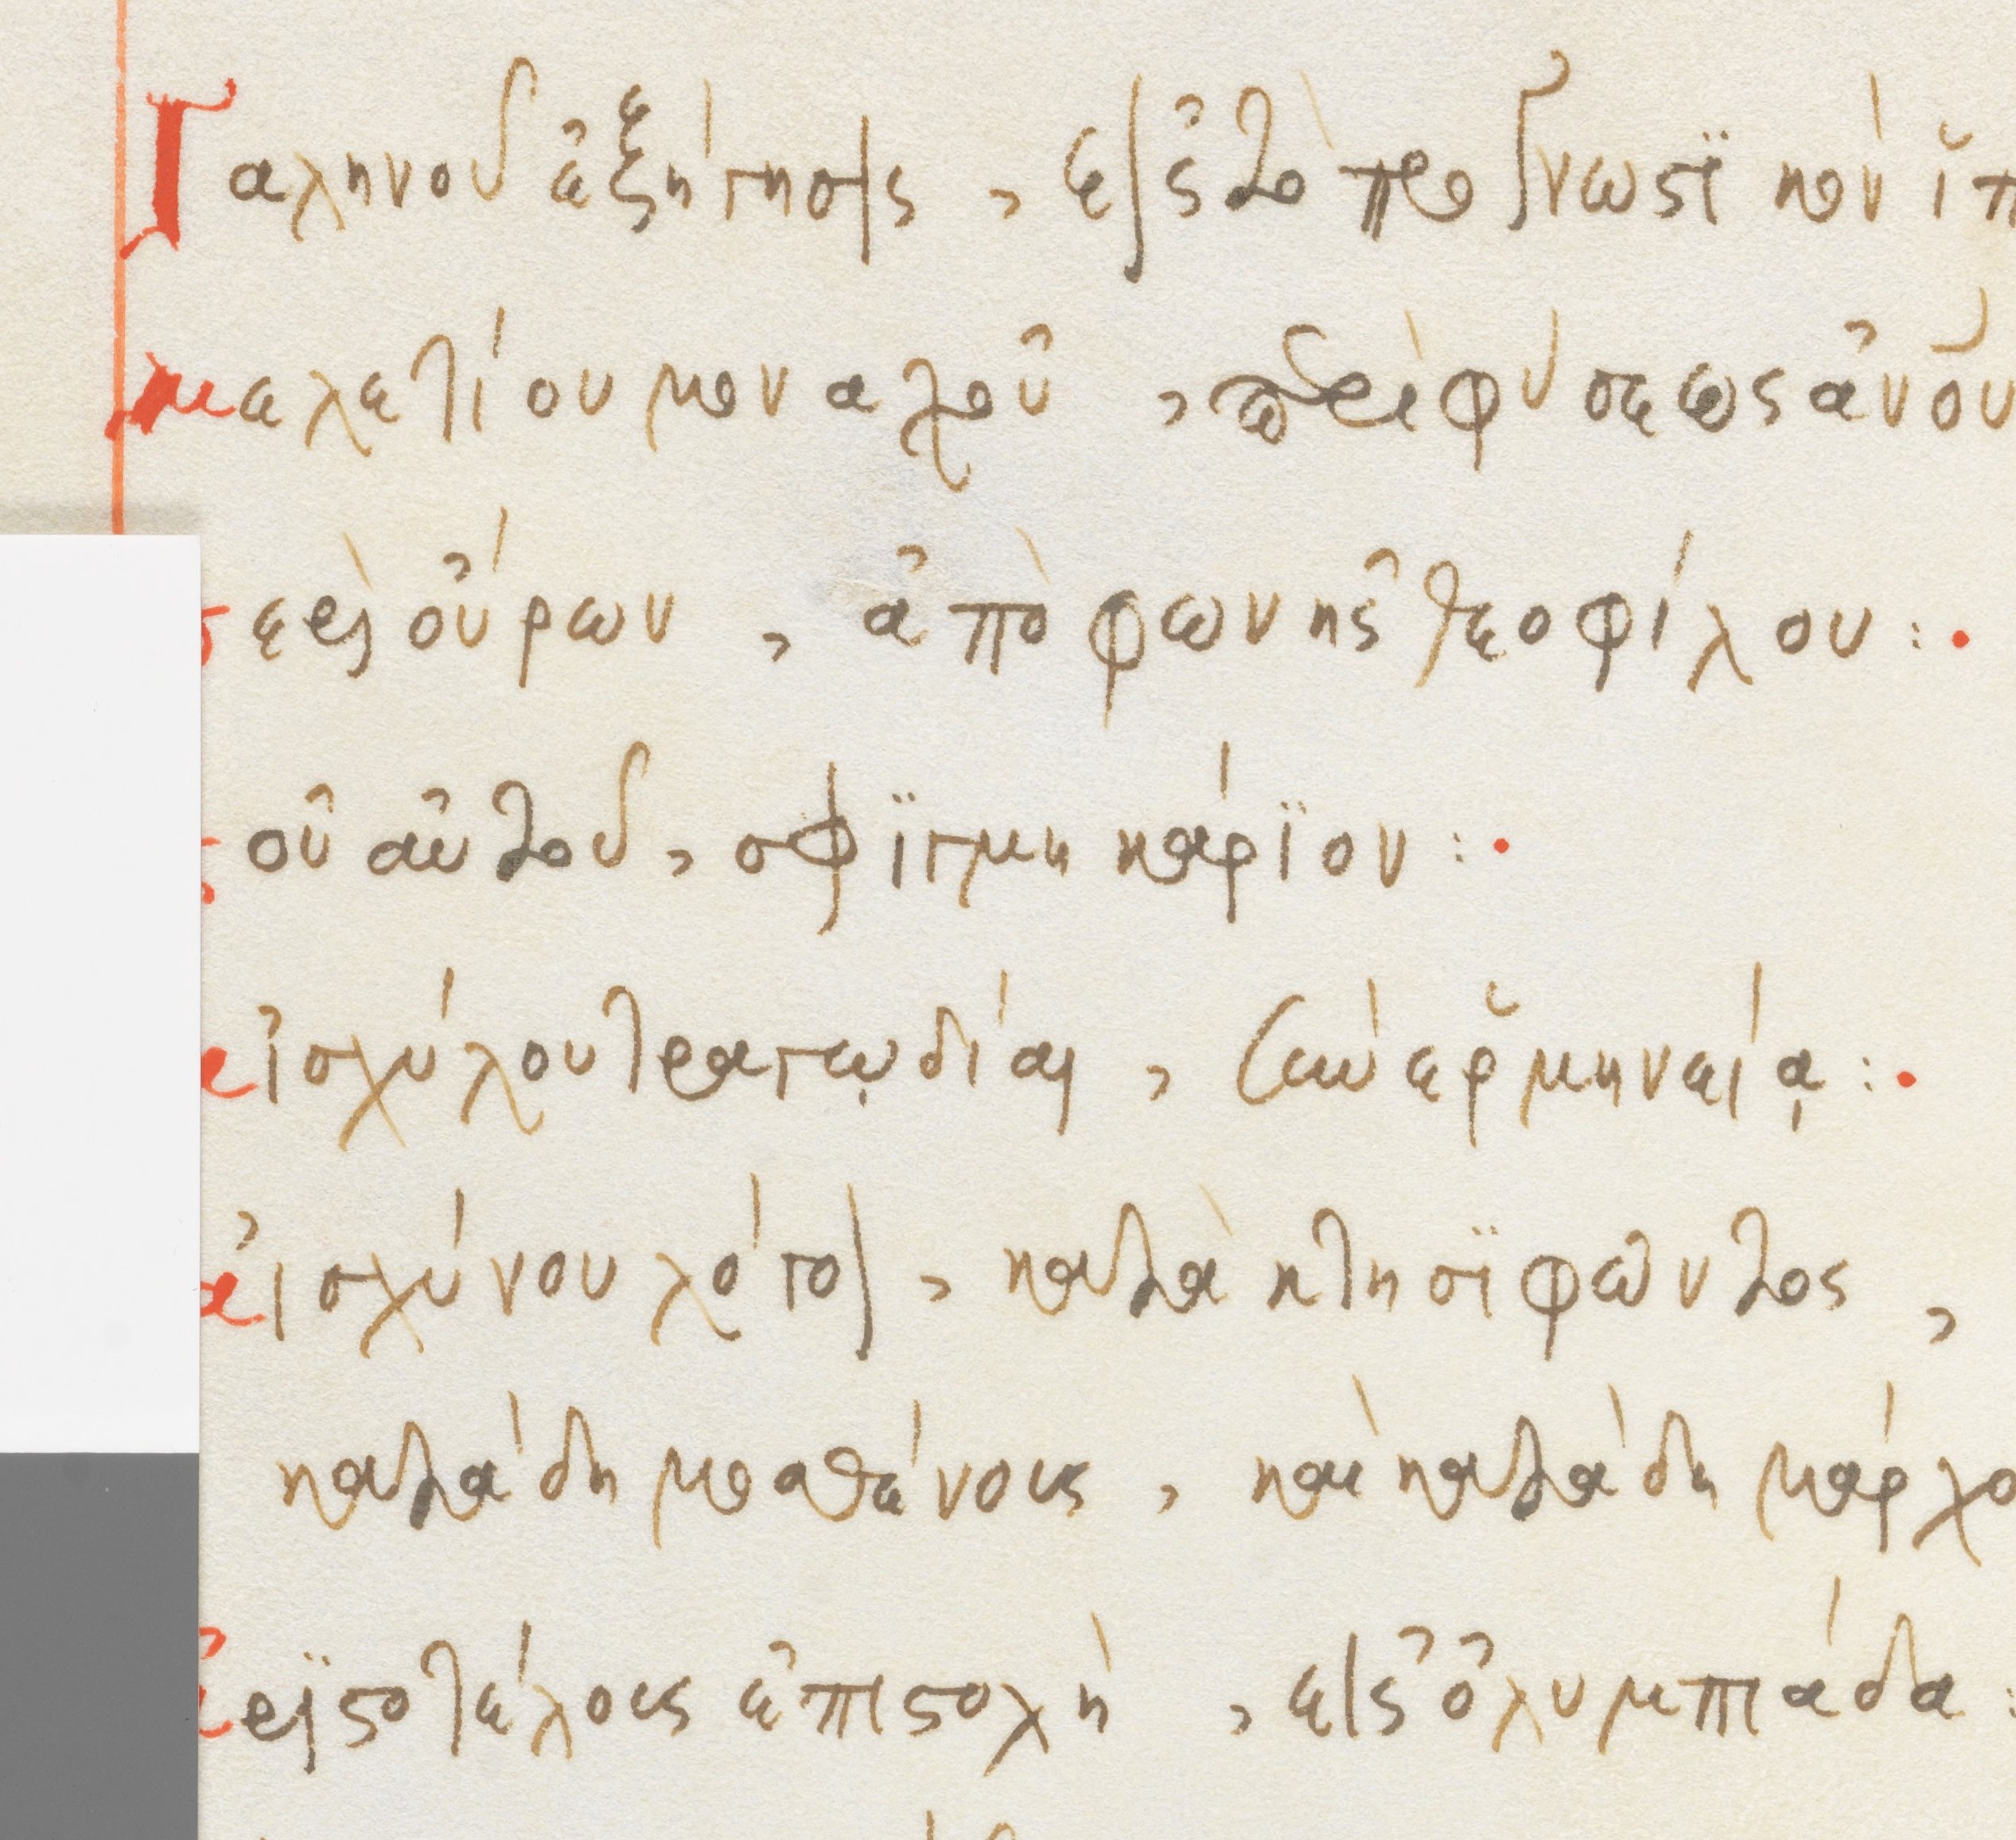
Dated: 1564–1564